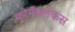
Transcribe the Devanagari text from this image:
कोर्नफ्लेकस